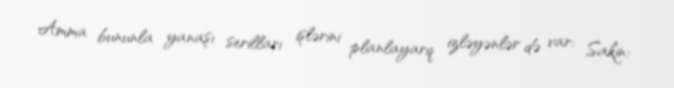
Amma bununla yanaşı serilları işlərini planlayarq izləyənlər də var: Sakin: